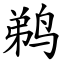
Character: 鹈